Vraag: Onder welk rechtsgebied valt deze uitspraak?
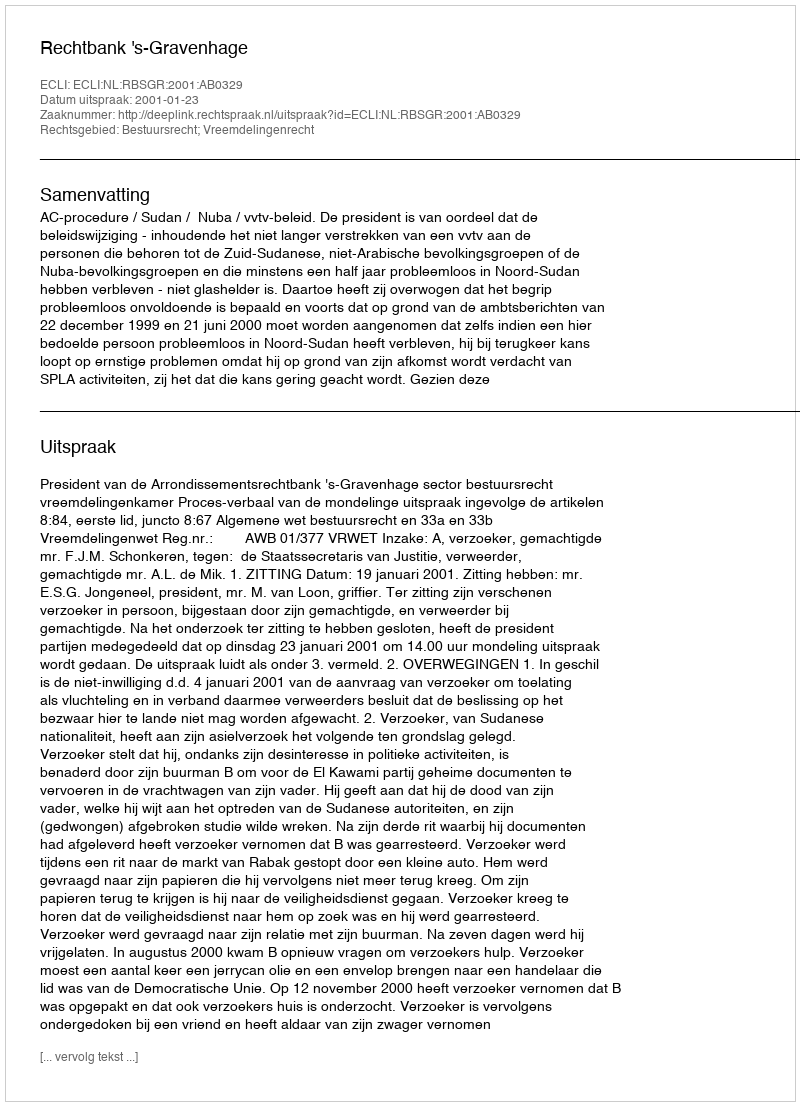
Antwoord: Bestuursrecht; Vreemdelingenrecht